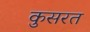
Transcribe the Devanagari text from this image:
कुसरत